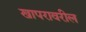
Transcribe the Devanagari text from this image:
खापरावरील